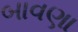
બાવણા